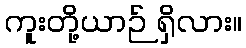
ကူးတို့ယာဉ် ရှိလား။